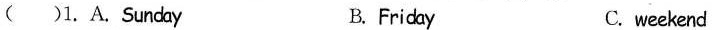
( )1. A. Sunday B. Friday C. weekend